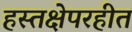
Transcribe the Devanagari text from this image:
हस्तक्षेपरहीत